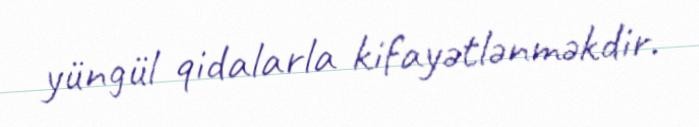
yüngül qidalarla kifayətlənməkdir.